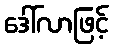
ဒေါ်လာဖြင့်